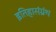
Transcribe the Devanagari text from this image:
इतिहासंग्रंथ